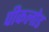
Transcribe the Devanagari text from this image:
पीकलोड